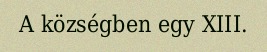
A községben egy XIII.